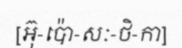
[អ៊ុ-ប៉ោ-សៈ-ថិ-កា]